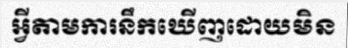
អ្វីតាមការនឹកឃើញដោយមិន